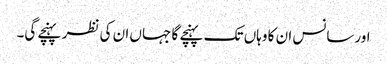
اورسانس ان کا وہاں تک پہنچے گا جہاں ان کی نظر پہنچے گی۔